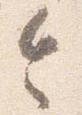
令